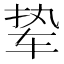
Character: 𫐋